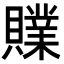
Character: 𧸢